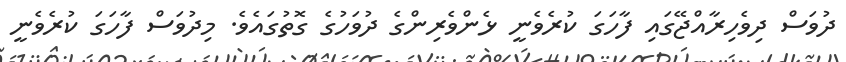
ދުވަސް ދިވެހިރާއްޖޭގައި ފާހަގަ ކުރެވެނީ ޅެންވެރިންގެ ދުވަހުގެ ގޮތުގައެވެ. މިދުވަސް ފާހަގަ ކުރެވެނީ